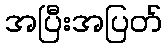
အပြီးအပြတ်